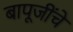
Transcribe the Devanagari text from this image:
बापूजींचे